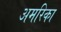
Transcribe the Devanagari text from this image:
अमरिका